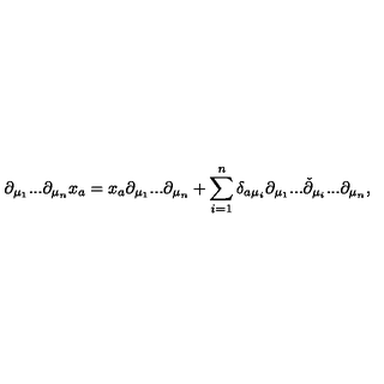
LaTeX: \partial _ { \mu _ { 1 } } . . . \partial _ { \mu _ { n } } x _ { a } = x _ { a } \partial _ { \mu _ { 1 } } . . . \partial _ { \mu _ { n } } + \sum _ { i = 1 } ^ { n } \delta _ { a \mu _ { i } } \partial _ { \mu _ { 1 } } . . . \check { \partial } _ { \mu _ { i } } . . . \partial _ { \mu _ { n } } ,